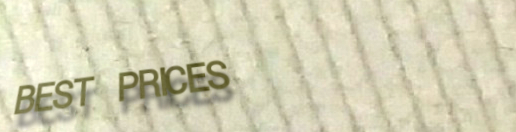
BEST PRICES